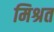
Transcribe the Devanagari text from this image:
मिश्रत